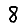
Digit: 8